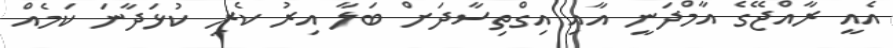
އެއީ ރާއްޖޭގެ އާމްދަނީ އާއި އިގްތިސާދަށް ބަލާ އިރު ކެރި ކުޅަދާނަ ކަމެއް